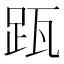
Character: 𨀄